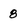
Character: 8